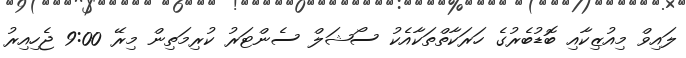
ލައިވް މިއުޒިކާއި ބޮޑުބެރުގެ ހަރަކާތްތަކާއެކު ސޯޝަލް ސެންޓަރު ކުރިމަތިން މިރޭ 9:00 ޖެހިއިރު